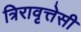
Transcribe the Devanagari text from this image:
त्रिरावृत्तेसी